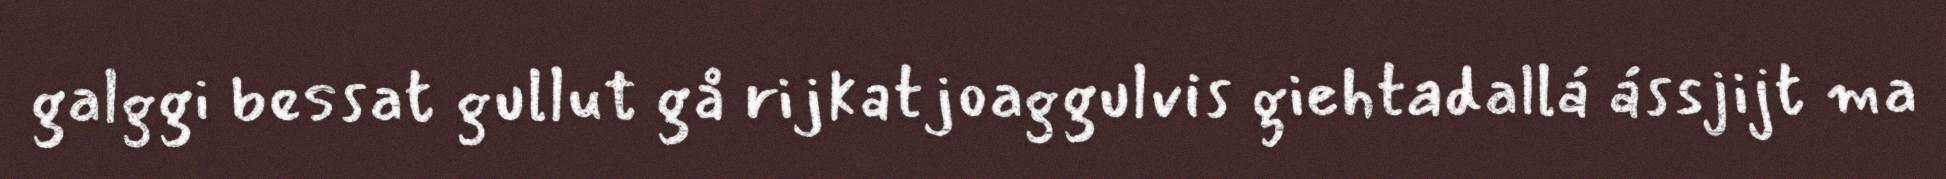
galggi bessat gullut gå rijkatjoaggulvis giehtadallá ássjijt ma